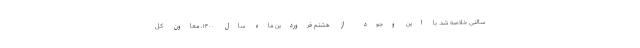
سالنی خلاصه شد. با این وجود از هشتم فروردین ماه سال ۱۴۰۰، معاون کل